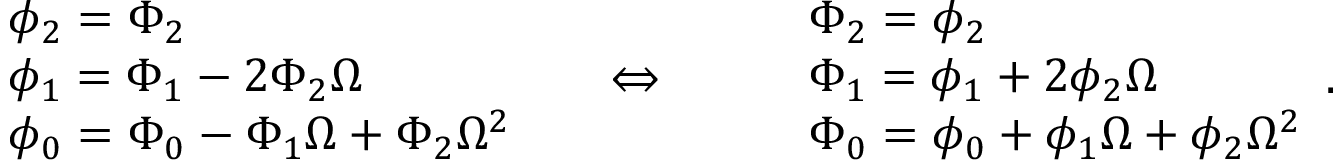
\begin{array} { r l } & { \phi _ { 2 } = \Phi _ { 2 } } \\ & { \phi _ { 1 } = \Phi _ { 1 } - 2 \Phi _ { 2 } \Omega } \\ & { \phi _ { 0 } = \Phi _ { 0 } - \Phi _ { 1 } \Omega + \Phi _ { 2 } \Omega ^ { 2 } } \end{array} \quad \; \Leftrightarrow \quad \; \begin{array} { r l } & { \Phi _ { 2 } = \phi _ { 2 } } \\ & { \Phi _ { 1 } = \phi _ { 1 } + 2 \phi _ { 2 } \Omega } \\ & { \Phi _ { 0 } = \phi _ { 0 } + \phi _ { 1 } \Omega + \phi _ { 2 } \Omega ^ { 2 } } \end{array} .